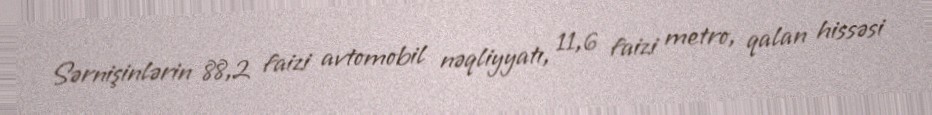
Sərnişinlərin 88,2 faizi avtomobil nəqliyyatı, 11,6 faizi metro, qalan hissəsi